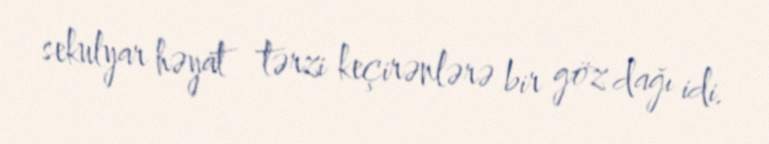
sekulyar həyat tərzi keçirənlərə bir göz dağı idi.